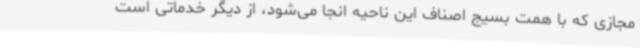
مجازی که با همت بسیج اصناف این ناحیه انجا می‌شود، از دیگر خدماتی است